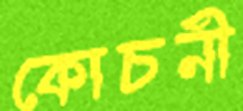
কোচনী